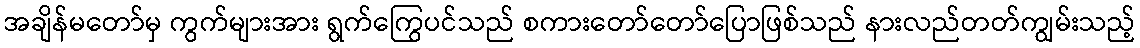
အချိန်မတော်မှ ကွက်များအား ရွက်ကြွေပင်သည် စကားတော်တော်ပြောဖြစ်သည် နားလည်တတ်ကျွမ်းသည့်